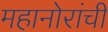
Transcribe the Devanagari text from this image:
महानोरांची